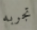
تجربه